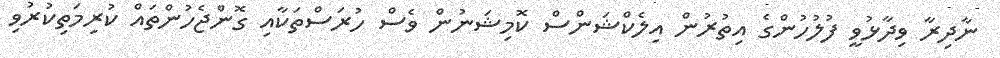
ނާދިރާ ވިދާޅުވީ ފުލުހުންގެ އިތުރުން އިލެކްޝަންސް ކޮމިޝަނުން ވެސް ހުރަސްތަކާއި ގޮންޖެހުންތައް ކުރިމަތިކުރުވި